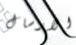
الارسال